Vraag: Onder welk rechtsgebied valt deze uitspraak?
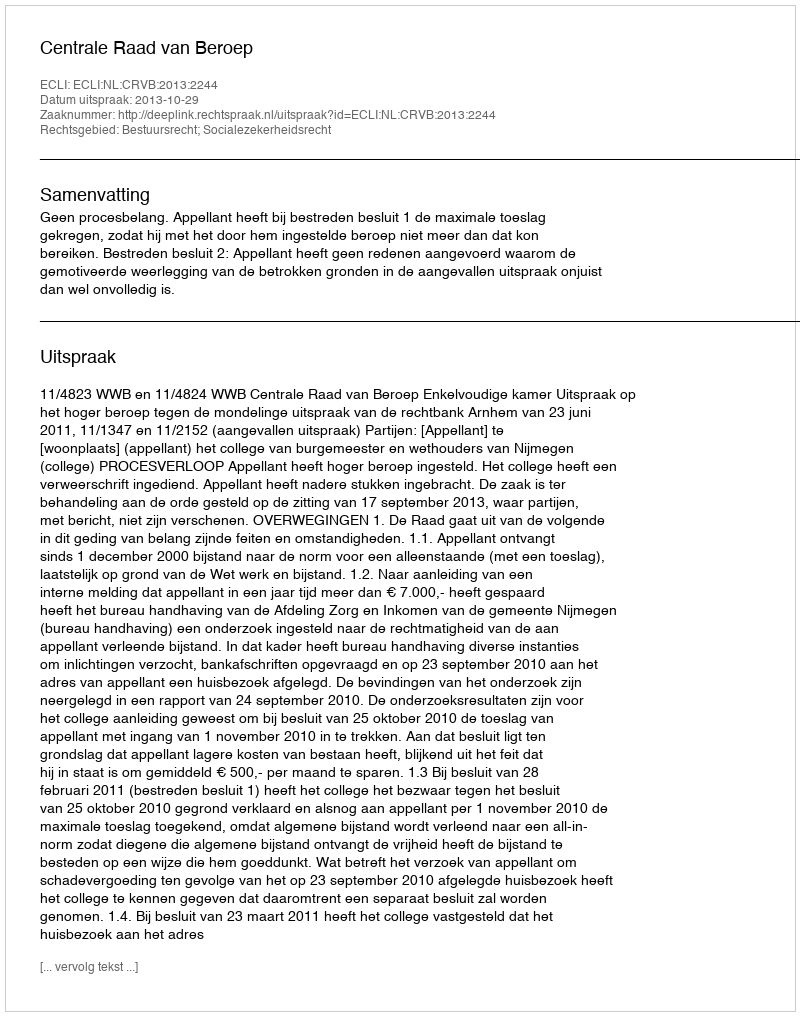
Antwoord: Bestuursrecht; Socialezekerheidsrecht